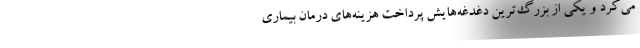
می‌کرد و یکی از بزرگ‌ترین دغدغه‌هایش پرداخت هزینه‌های درمان بیماری